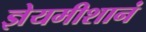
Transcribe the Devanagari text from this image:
ज्ञेयमीशानं